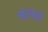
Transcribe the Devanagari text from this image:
साकडं